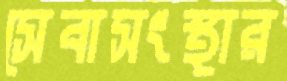
সেবাসংস্থার